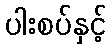
ပါးစပ်နှင့်